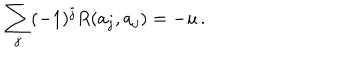
\sum _ { j } ( - 1 ) ^ { j } R ( a _ { j } , a _ { j } ) = - u \, .